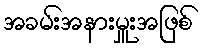
အခမ်းအနားမှူးအဖြစ်